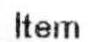
ITEM